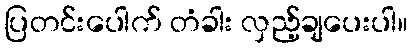
ပြတင်းပေါက် တံခါး လှည့်ချပေးပါ။